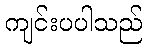
ကျင်းပပါသည်